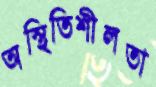
অস্থিতিশীলতা